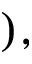
) ,